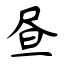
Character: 昼